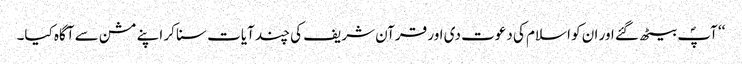
‘‘ آپؐ بیٹھ گئے اور ان کو اسلام کی دعوت دی اور قرآن شریف کی چند آیات سنا کر اپنے مشن سے آگاہ کیا۔